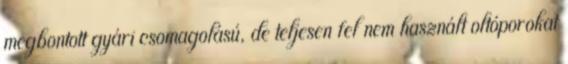
megbontott gyári csomagolású, de teljesen fel nem használt oltóporokat